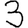
Digit: 3